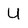
Character: U